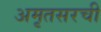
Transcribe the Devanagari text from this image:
अमृतसरची